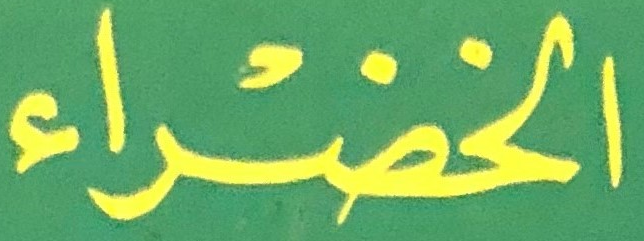
الخضراء